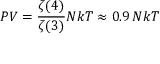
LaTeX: P V = { \frac { \zeta ( 4 ) } { \zeta ( 3 ) } } N k T \approx 0 . 9 \, N k T